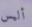
أليس